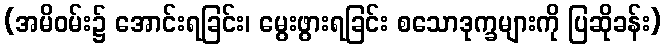
(အမိဝမ်း၌ အောင်းရခြင်း၊ မွေးဖွားရခြင်း စသောဒုက္ခများကို ပြဆိုခန်း)